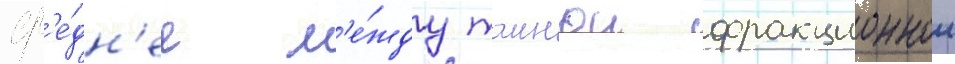
ср'е́дн'ее м'е́жду таинои фракционнои